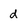
Character: d